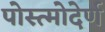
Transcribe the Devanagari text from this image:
पोस्त्मोदेर्ण